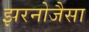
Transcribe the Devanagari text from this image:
झरनोजैसा